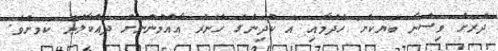
ދުރަށް ވިސްނާ ބަޔަކަށް ހެދުމާއި އެ ކުދިންގެ ހުނަރު އާއްމުންނަށް ދައްކާލުން ކަމަށެވެ.